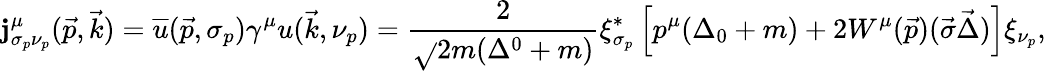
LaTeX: \mathbf{j}_{\sigma_{p}\nu_{p}}^{\mu}(\vec{{p}},\vec{{k}})=\overline{{{{u}}}}(\vec{{p}},\sigma_{p})\gamma^{\mu}u(\vec{{k}},\nu_{p})=\frac{{2}}{{\sqrt{}{{2m(\Delta^{0}+m)}}}}\xi_{\sigma_{p}}^{*}\left[p^{\mu}(\Delta_{0}+m)+2W^{\mu}(\vec{{p}})(\vec{{\sigma}}\vec{{\Delta}})\right]\xi_{\nu_{p}},